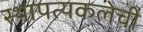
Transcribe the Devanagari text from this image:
स्थापत्यकलेची